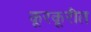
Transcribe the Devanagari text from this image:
कूरकूरीत